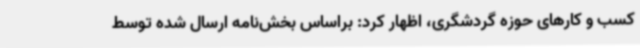
کسب و کارهای حوزه گردشگری، اظهار کرد: براساس بخش‌نامه ارسال شده توسط